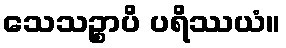
သေသဉ္စာပိ ပရိဿယံ။